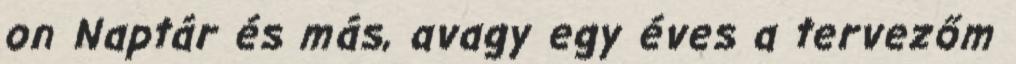
on Naptár és más, avagy egy éves a tervezőm